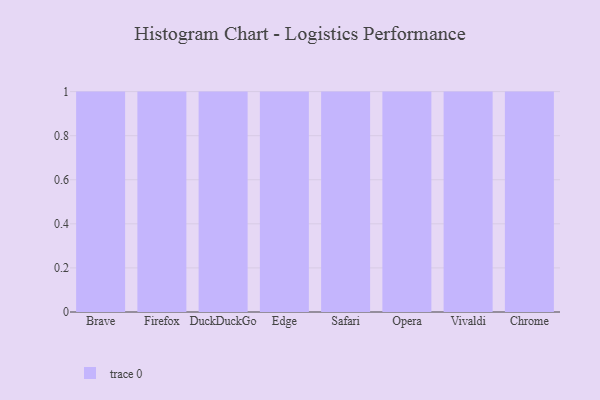
{"axis": {"x": "Browser", "y": "Energy Usage (MWh)"}, "legend": [""], "data": [{"x": "Brave", "y": 93, "type": ""}, {"x": "Firefox", "y": 49, "type": ""}, {"x": "DuckDuckGo", "y": 77, "type": ""}, {"x": "Edge", "y": 26, "type": ""}, {"x": "Safari", "y": 10, "type": ""}, {"x": "Opera", "y": 7, "type": ""}, {"x": "Vivaldi", "y": 8, "type": ""}, {"x": "Chrome", "y": 27, "type": ""}]}